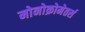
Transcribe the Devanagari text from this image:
मोनोक्रोमेतर्स